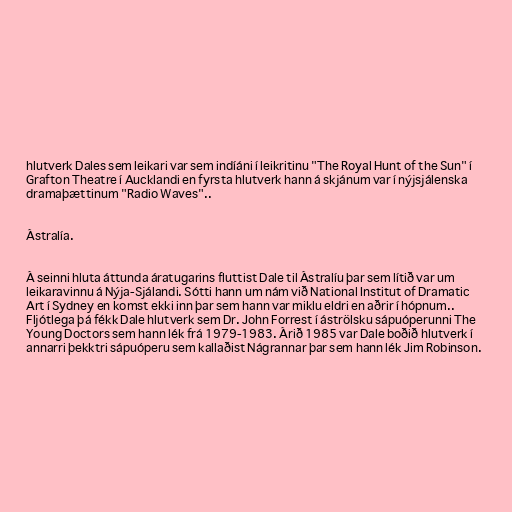
hlutverk Dales sem leikari var sem indíáni í leikritinu "The Royal Hunt of the Sun" í
Grafton Theatre í Aucklandi en fyrsta hlutverk hann á skjánum var í nýjsjálenska
dramaþættinum "Radio Waves"..

Ástralía.

Á seinni hluta áttunda áratugarins fluttist Dale til Ástralíu þar sem lítið var um
leikaravinnu á Nýja-Sjálandi. Sótti hann um nám við National Institut of Dramatic
Art í Sydney en komst ekki inn þar sem hann var miklu eldri en aðrir í hópnum..
Fljótlega þá fékk Dale hlutverk sem Dr. John Forrest í áströlsku sápuóperunni The
Young Doctors sem hann lék frá 1979-1983. Árið 1985 var Dale boðið hlutverk í
annarri þekktri sápuóperu sem kallaðist Nágrannar þar sem hann lék Jim Robinson.